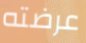
عرضته